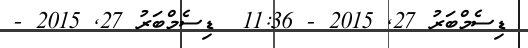
ޑިސެމްބަރު 27